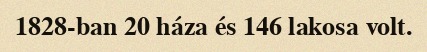
1828-ban 20 háza és 146 lakosa volt.